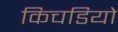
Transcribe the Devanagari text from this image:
किचडियो